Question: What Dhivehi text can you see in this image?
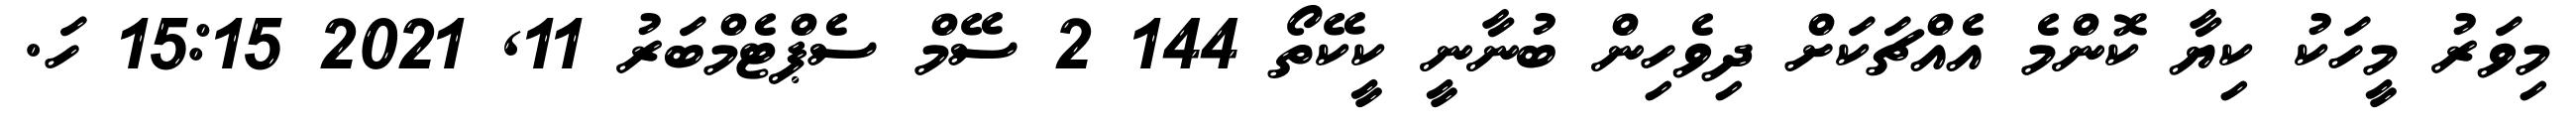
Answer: މިވަރު މީހަކު ކިޔާ ކޮންމެ އެއްޗަކަށް ދިވެހިން ބުނާނީ ކީކޭތޯ 144 2 ސޭމް ސެޕްޓެމްބަރު 11, 2021 15:15 ހަ.